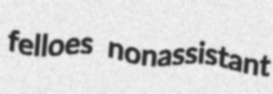
felloes nonassistant